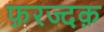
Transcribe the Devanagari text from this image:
फ़रज्दक़